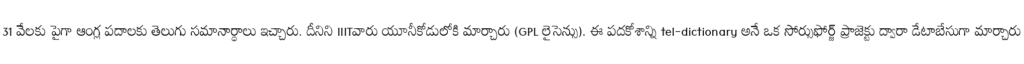
31 వేలకు పైగా ఆంగ్ల పదాలకు తెలుగు సమానార్ధాలు ఇచ్చారు. దీనిని IIITవారు యూనీకోడులోకి మార్చారు (GPL లైసెన్సు). ఈ పదకోశాన్ని tel-dictionary అనే ఒక సోర్సుఫోర్జ్ ప్రాజెక్టు ద్వారా డేటాబేసుగా మార్చారు